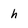
Character: h